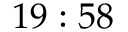
1 9 : 5 8